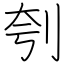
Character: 刳